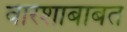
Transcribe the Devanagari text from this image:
वारशाबाबत